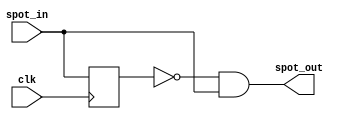
module spot (
input wire clk,
input wire spot_in,
output wire spot_out);
reg out;
// you write the module code!
  always @(posedge clk) begin
    out <= spot_in; 
  end

  assign spot_out = (~out) & spot_in; 

endmodule